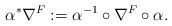
\begin{align*} \alpha^*\nabla^F:=\alpha^{-1}\circ\nabla^F\circ\alpha. \end{align*}